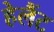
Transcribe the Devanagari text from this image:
हेलैंट